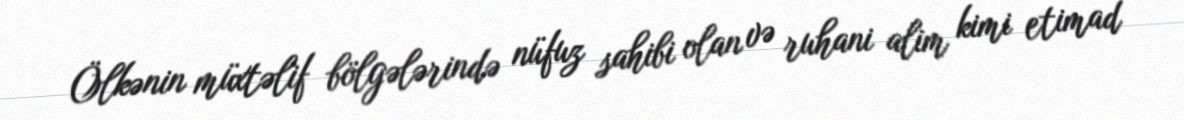
Ölkənin müxtəlif bölgələrində nüfuz sahibi olan və ruhani alim kimi etimad